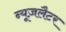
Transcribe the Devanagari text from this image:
न्यूज़लैटर